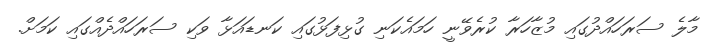
މާލެ ސަރަހައްދުގައި މުޒާހަރާ ކުރެވޭނީ ހަމައެކަނި ގުޅިފަޅުގައި ކަނޑައަޅާ ވަކި ސަރަހައްދެއްގައި ކަމަށް.